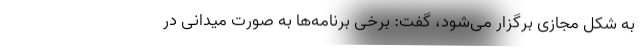
به شکل مجازی برگزار می‌شود، ‌گفت: برخی برنامه‌ها به صورت میدانی در